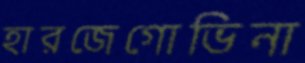
হারজেগোভিনা